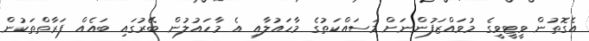
އެގޮތުން ވީޓީވީގެ މުވައްޒަފުންނަށް މަސައްކަތުގެ މާހައުލާއި އެ މާހައުލުން ބޭރުގައި ބައެއް ފަރާތްތަކުން